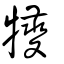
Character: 犪